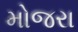
મોજરા